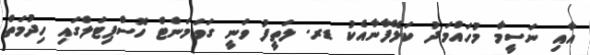
އާއި ނަސީމާ މުހައްމަދު ކަލޭފާނާއެކު ޑރ. ލަތީފު ވަނީ ގަވަމަންޓް ހޮސްޕިޓަލްގައި ހިދުމަތް